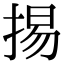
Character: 掦